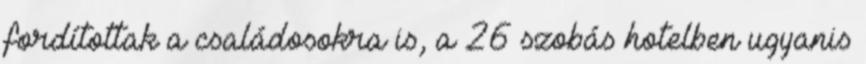
fordítottak a családosokra is, a 26 szobás hotelben ugyanis